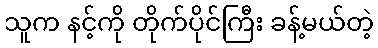
သူက နင့်ကို တိုက်ပိုင်ကြီး ခန့်မယ်တဲ့